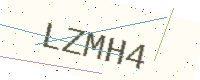
Text: LZMH4